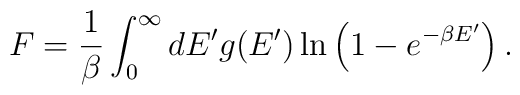
F={1\over\beta}\int^{\infty}_0dE^{\prime}g(E^{\prime})\,{\rm ln}\left(1-e^{-\beta E^{\prime}}\right).